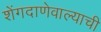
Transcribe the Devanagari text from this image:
शेंगदाणेवाल्याची